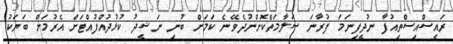
ރައީސްއިސްތިއުފާ ނުދީފިނަމަ ފުރާނަ ސަލާމަތްކޮށްނުދެވޭނެ ކަމަށް ބުނި ނަޝީދު ކުޅުދުއްފުއްޓަށް އެރުމަށް ބަޔަކު